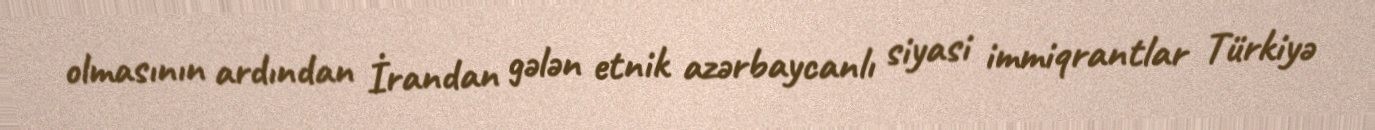
olmasının ardından İrandan gələn etnik azərbaycanlı siyasi immiqrantlar Türkiyə